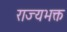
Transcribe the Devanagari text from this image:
राज्यभक्त